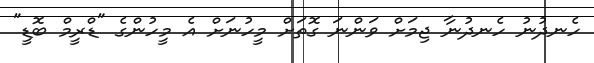
ހެނދުނު ހެނދުނާ ޖިމަށް ވަންނަ ގޮތަށް މީހުނަށް އެ މީހުންގެ "ޑްރީމް ބޮޑީ"